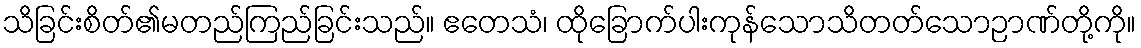
သိခြင်းစိတ်၏မတည်ကြည်ခြင်းသည်။ ဧတေသံ၊ ထိုခြောက်ပါးကုန်သောသိတတ်သောဉာဏ်တို့ကို။